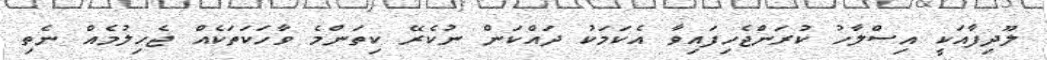
ލޫދިފާއަކީ އިސްލާހު ކުރަންޖެހިފައިވާ އެކަމަކު ދައްކަން ނުކެރޭ ކިތަންމެ ވާހަކަތަކެއް ޖެހިލުމެއް ނެތި